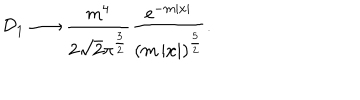
{ \cal D } _ { 1 } \longrightarrow \frac { m ^ { 4 } } { 2 \sqrt { 2 } \pi ^ { \frac 3 2 } } \frac { \mathrm { e } ^ { - m \left| x \right| } } { \left( m \left| x \right| \right) ^ { \frac 5 2 } } .